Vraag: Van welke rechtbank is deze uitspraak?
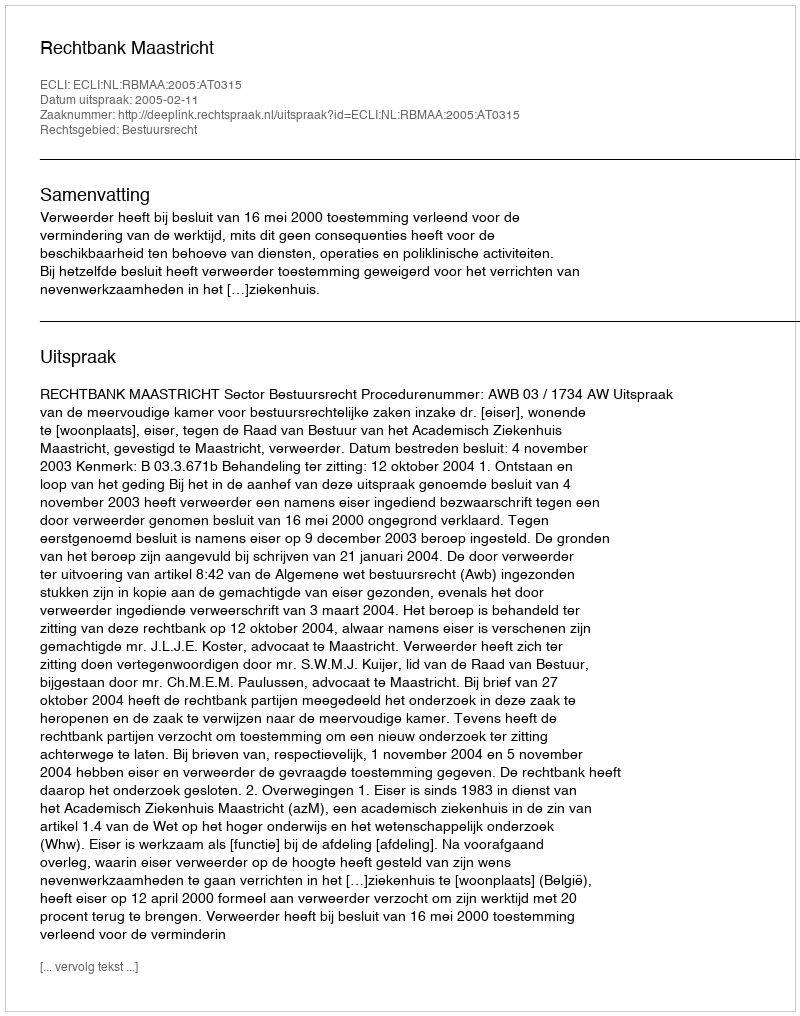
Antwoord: Rechtbank Maastricht